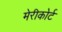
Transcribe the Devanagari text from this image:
मेरीकोर्ट